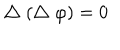
\bigtriangleup ( \bigtriangleup \varphi ) = 0